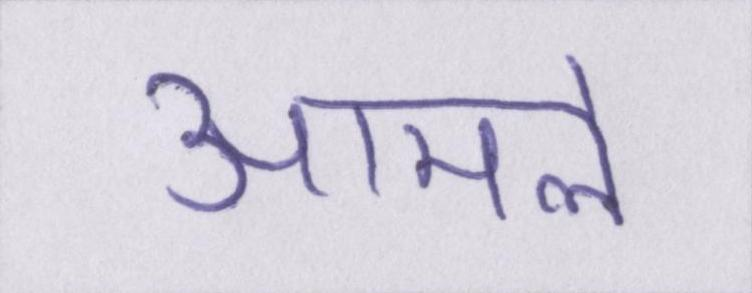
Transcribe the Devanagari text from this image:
आमले